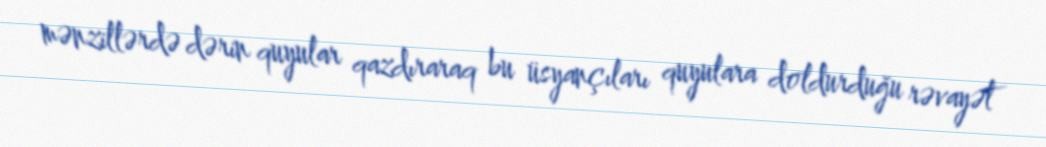
mənzillərdə dərin quyular qazdıraraq bu üsyançıları quyulara doldurduğu rəvayət